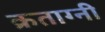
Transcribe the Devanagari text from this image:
क्रताग्नी